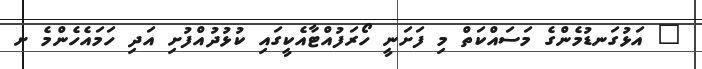
" އަޅުގަނޑުމެންގެ މަސައްކަތް މި ފަށަނީ ހޯރަފުއްޓާއެކީގައި ކުޅުދުއްފުށި އަދި ހަމައެހެންމެ ށ